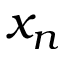
x _ { n }